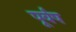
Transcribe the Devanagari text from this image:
पूर्वष